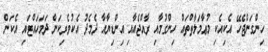
ހިންގަންޖެހޭ އެކިއެކި މުޢާމަލާތްތައް ހިންގުމާއި ރާއްޖެއާއި އިންޑިޔާއާ ދެމެދު އެކުވެރިކަން ދަމަހައްޓައި އެކަން